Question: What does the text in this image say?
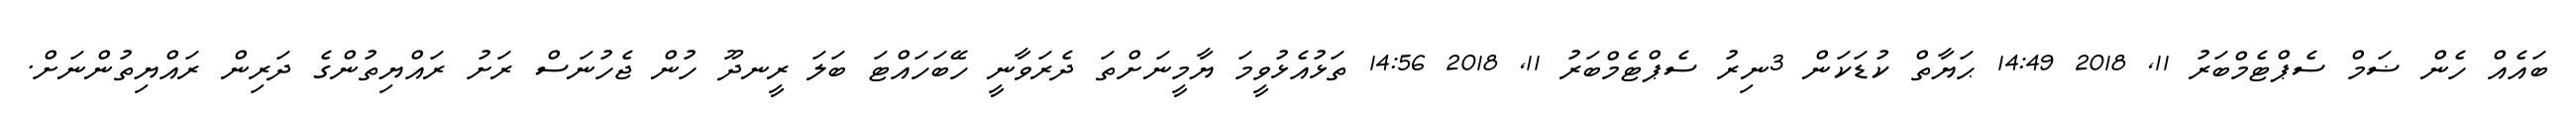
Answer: ބައެއް ހެން ޟަމް ސެޕްޓެމްބަރު 11, 2018 14:49 ޙަޔާތް ކުޑަކަން 3ނިރު ސެޕްޓެމްބަރު 11, 2018 14:56 ތަޅުއެޅުވީމަ ޔާމީނަށްތަ ދެރަވާނީ ހޭބަހައްޓަ ބަލަ ރީނދޫ ހުން ޖެހުނަސް ރަށު ރައްޔިތުންގެ ދަރިން ރައްޔިތުންނަށް.